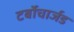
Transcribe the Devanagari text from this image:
टर्बोचार्जड